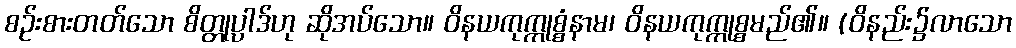
စဉ်းစားတတ်သော စိတ္တုပ္ပါဒ်ဟု ဆိုအပ်သော။ ဝိနယကုက္ကုစ္စံနာမ၊ ဝိနယကုက္ကုစ္စမည်၏။ (ဝိနည်း၌လာသော